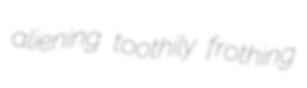
aliening toothily frothing